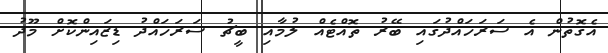
އެގޮތުން އެ ސަރަހައްދުގައި ބޭރު ތޮއްޓެއް ލުމާއި ބީޗު ސަރަހައްދު ޑިޒައިންކޮށް މޫދު